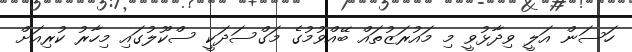
ހަސަން އަލީ ވިދާޅުވީ މި މައުރަޒުތައް ބޭއްވުމުގެ މަގްސަދަކީ ސްކޫލުގައި މިހާރު ކުރިއަށް